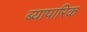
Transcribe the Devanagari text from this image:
ब्यापारिक